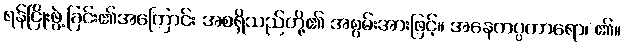
ရန်ငြိုးဖွဲ့ခြင်း၏အကြောင်း အစရှိသည်တို့၏ အစွမ်းအားဖြင့်။ အနေကပ္ပကာရော၊ ၏။